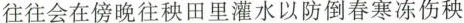
往往会在傍晚往种田里灌水以防倒春寒冻伤秧